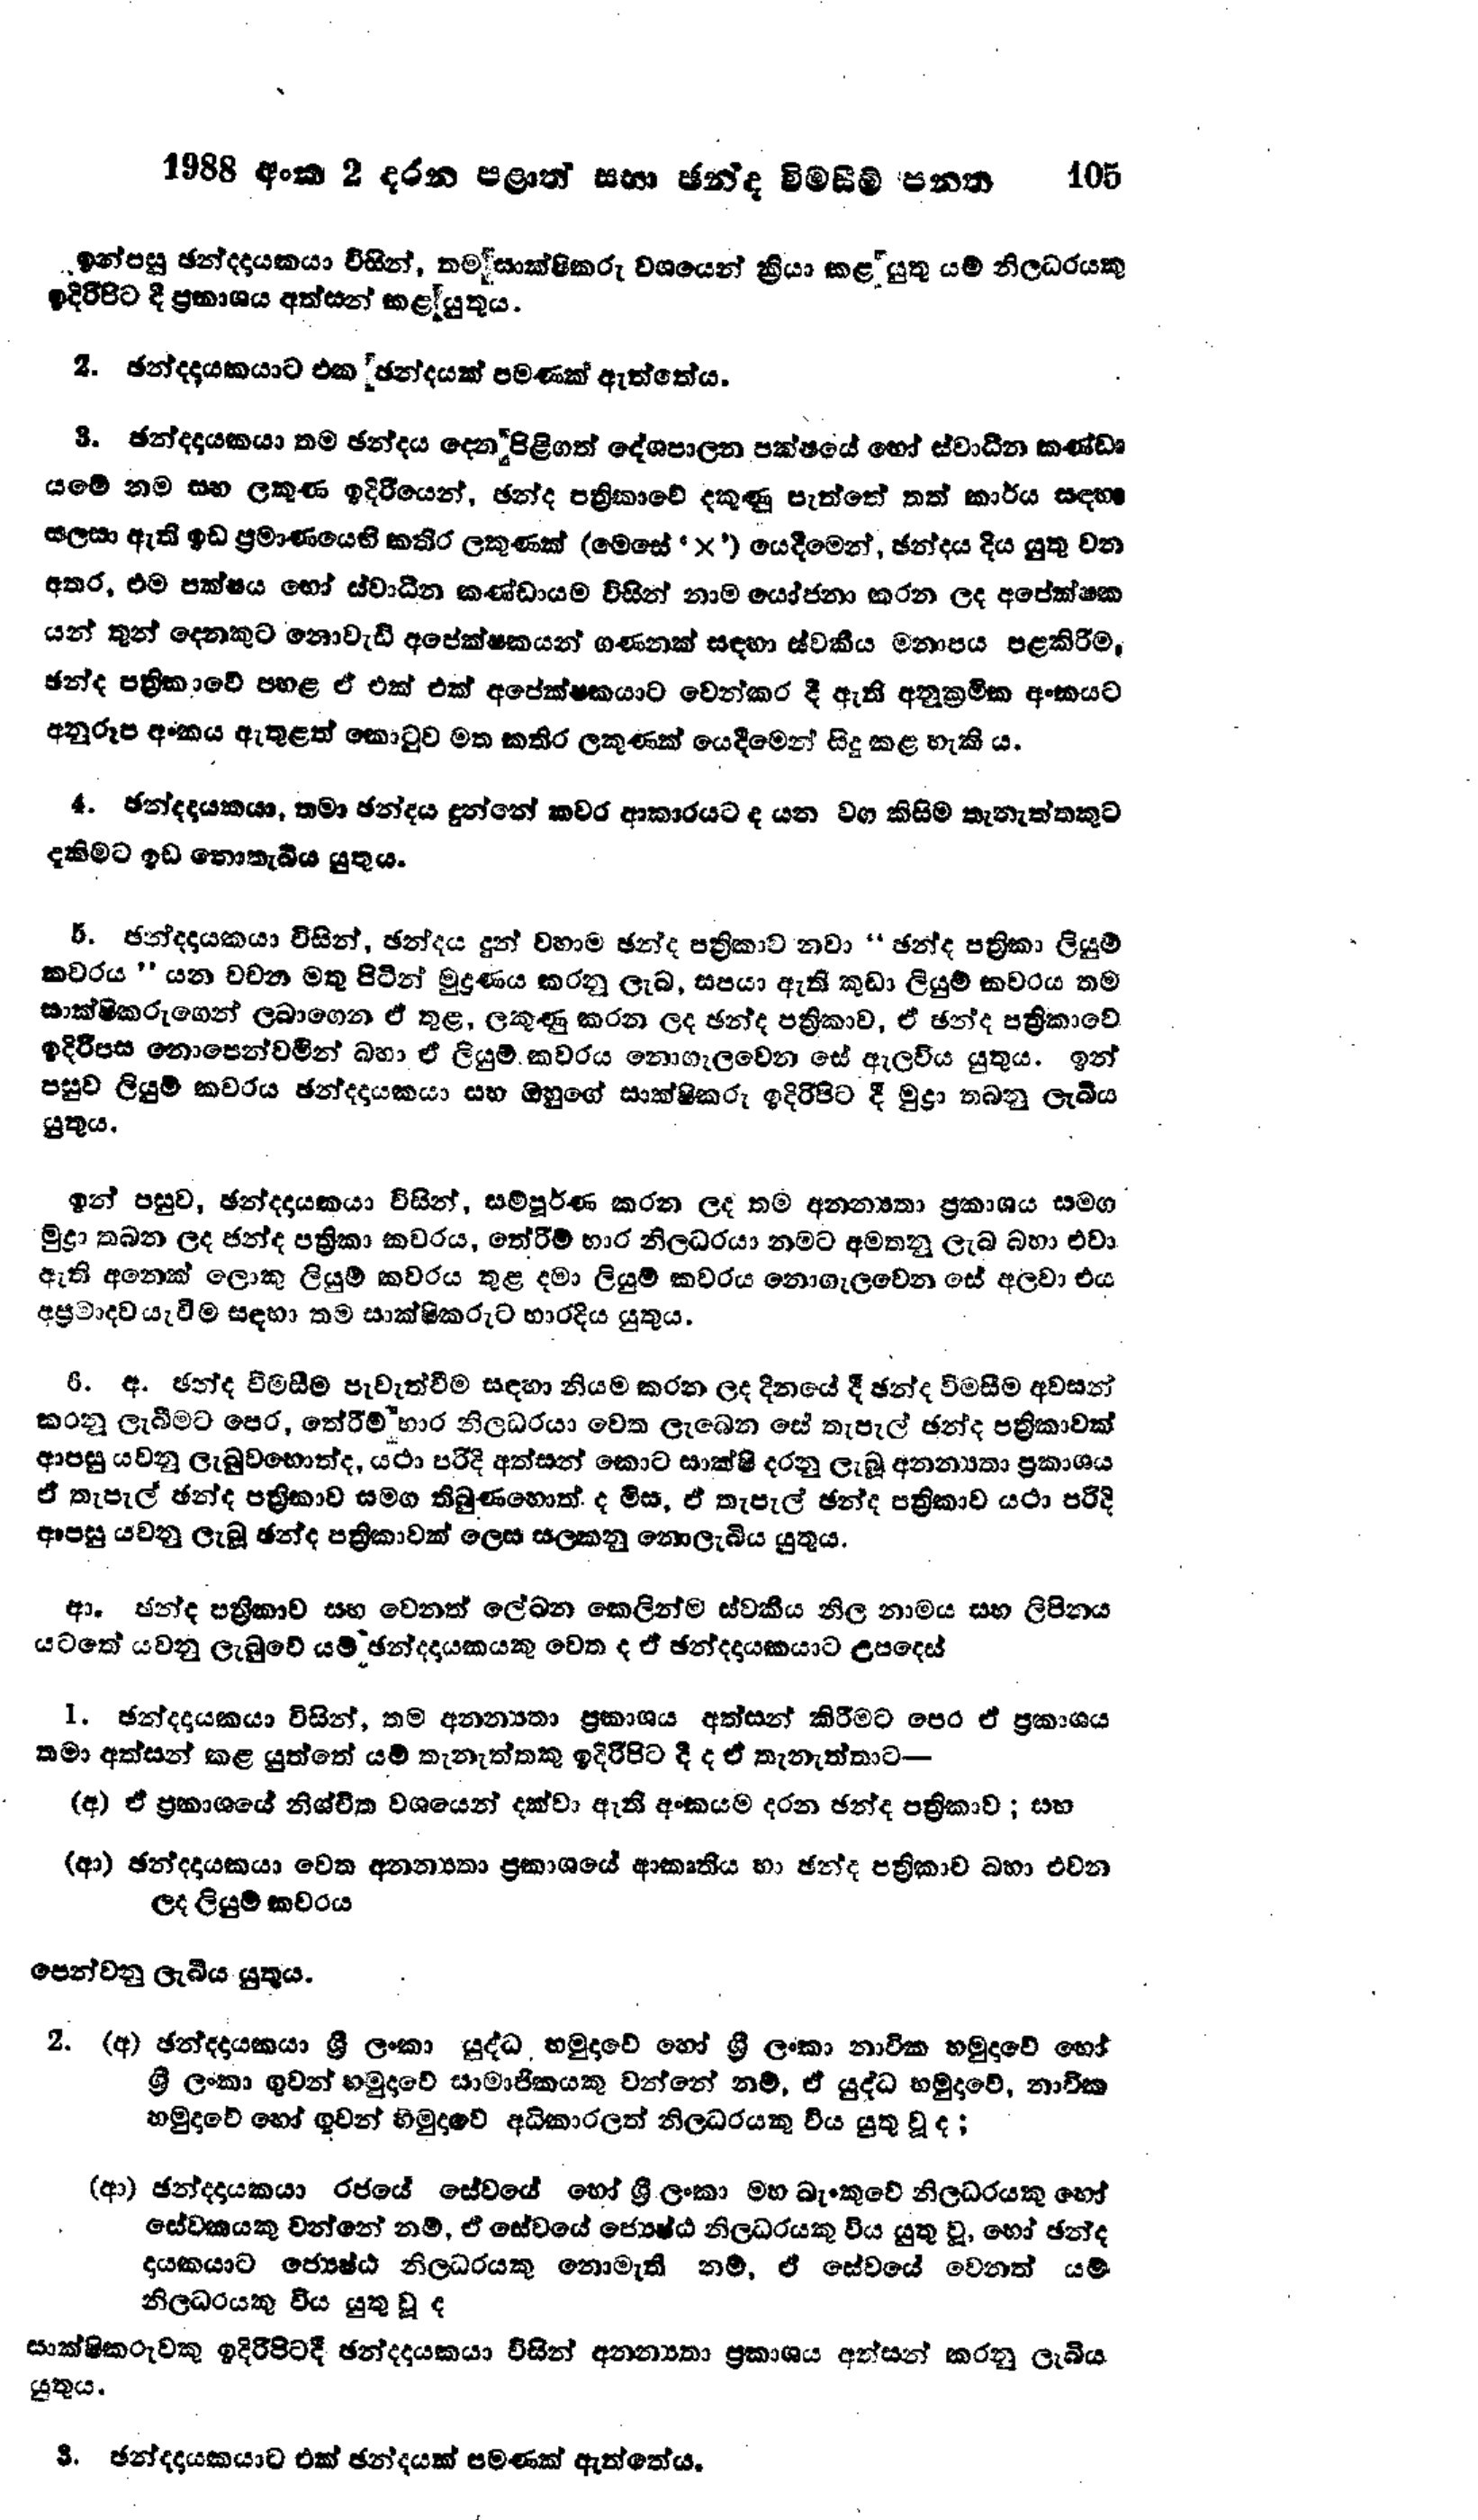
1988 අංක 2 දරන පළාත් සභා ඡන්ද විමසීම් පනත 105

ඉන්පසු ඡන්දදායකයා විසින්, තම සාක්ෂිකරු වශයෙන් ක්‍රියා කළ යුතු යම් නිලධරයකු
ඉදිරිපිට දී ප්‍රකාශය අත්සන් කළ යුතුය.

2. ඡන්දදායකයාට එක ඡන්දයක් පමණක් ඇත්තේය.

3. ඡන්දදායකයා තම ඡන්දය දෙන පිළිගත් දේශපාලන පක්ෂයේ හෝ ස්වාධීන කණ්ඩා
යමේ නම සහ කුණ ඉදිරියෙන්, ඡන්ද පත්‍රිකාවේ දකුණු පැත්තේ තත් කාර්ය සඳහා
සලසා ඇති ඉඩ ප්‍රමාණයෙහි කතිර ලකුණක් (මෙසේ 'x') යෙදීමෙන්, ඡන්දය දිය යුතු වන
අතර, එම පක්ෂය හෝ ස්වාධීන කණ්ඩායම විසින් නාම යෝජනා කරන ලද අපේක්ෂක
යන් තුන් දෙනකුට නොවැඩි අපේක්ෂකයන් ගණනක් සඳහා ස්වකීය මනාපය පළකිරීම,
ඡන්ද පත්‍රිකාවේ පහළ ඒ එක් එක් අපේක්ෂකයාට වෙන්කර දී ඇති අනුක්‍රමික අංකයට
අනුරූප අංකය ඇතුළත් කොටුව මත කතිර ලකුණක් යෙදීමෙන් සිදු කළ හැකි ය.

4. ඡන්දදායකයා, තමා ඡන්දය දුන්නේ කවර ආකාරයට ද යන වග කිසිම තැනැත්තකුට
දකිමට ඉඩ නොතැබිය යුතු ය.

5. ඡන්දදායකයා විසින්, ඡන්දය දුන් වහාම ඡන්ද පත්‍රිකාව නවා “ඡන්ද පත්‍රිකා ලියුම්
කවරය " යන වචන මතු පිටින් මුද්‍රණය කරනු ලැබ, සපයා ඇති කුඩා ලියුම් කවරය තම
සාක්ෂිකරුගෙන් ලබාගෙන ඒ තුළ, ලකුණු කරන ලද ඡන්ද පත්‍රිකාව, ඒ ඡන්ද පත්‍රිකාවේ
ඉදිරිපස නොපෙන්වමින් බහා ඒ ලියුම් කවරය නොගැලවෙන සේ ඇලවිය යුතුය. ඉන්
පසුව ලියුම් කවරය ඡන්දදායකයා සහ ඔහුගේ සාක්ෂිකරු ඉදිරිපිට දී මුද්‍රා තබනු ලැබිය
යුතු ය.

ඉන් පසුව, ඡන්දදායකයා විසින්, සම්පූර්ණ කරන ලද තම අනන්‍යතා ප්‍රකාශය සමග
මුද්‍රා තබන ලද ජන්ද පත්‍රිකා කවරය, තේරීම් භාර නිලධරයා නමට අමතනු ලැබ බහා එවා
ඇති අනෙක් ලොකු ලියුම් කවරය තුළ දමා ලියුම් කවරය නොගැලවෙන සේ අලවා එය
අප්‍රමාදව යැවීම සඳහා තම සාක්ෂිකරුට භාරදිය යුතුය.

6. අ. ඡන්ද විමසීම පැවැත්වීම සඳහා නියම කරන ලද දිනයේ දී ඡන්ද විමසීම අවසන්
කරනු ලැබීමට පෙර, තේරීම් භාර නිලධරයා වෙත ලැබෙන සේ තැපැල් ඡන්ද පත්‍රිකාවක්
ආපසු යවනු ලැබුවහොත් ද, යථා පරිදි අත්සන් කොට සාක්ෂි දරනු ලැබූ අනන්‍යතා ප්‍රකාශය
ඒ තැපැල් ඡන්ද පත්‍රිකාව සමග තිබුණහොත් ද මිස, ඒ තැපැල් ඡන්ද පත්‍රිකාව යථා පරිදි
ආපසු යවනු ලැබූ ඡන්ද පත්‍රිකාවක් ලෙස සලකනු නොලැබිය යුතුය.

ආ. ඡන්ද පත්‍රිකාව සහ වෙනත් ලේඛන කෙලින්ම ස්වකීය නිල නාමය සහ ලිපිනය
යටතේ යවනු ලැබුවේ යම් ඡන්දදායකයකු වෙත ද ඒ ඡන්දදායකයාට උපදෙස්

1. ඡන්දදායකයා විසින්, තම අනන්‍යතා ප්‍රකාශය අත්සන් කිරීමට පෙර ඒ ප්‍රකාශය
තමා අත්සන් කළ යුත්තේ යම් තැනැත්තකු ඉදිරිපිට දී ද ඒ තැනැත්තාට -

(අ) ඒ ප්‍රකාශයේ නිශ්චිත වශයෙන් දක්වා ඇති අංකයම දරන ඡන්ද පත්‍රිකාව; සහ

(ආ) ඡන්දදායකයා වෙත අනන්‍යතා ප්‍රකාශයේ ආකෘතිය හා ඡන්ද පත්‍රිකාව බහා එවන
ලද ලියුම් කවරය

පෙන්වනු ලැබීය යුතුය.

2. (අ) ඡන්දදායකයා ශ්‍රී ලංකා යුද්ධ හමුදාවේ හෝ ශ්‍රී ලංකා නාවික හමුදාවේ හෝ
ශ්‍රී ලංකා ගුවන් හමුදාවේ සාමාජිකයකු වන්නේ නම්, ඒ යුද්ධ හමුදාවේ, නාවික
හමුදාවේ හෝ ගුවන් හමුදාවේ අධිකාරලත් නිලධරයකු විය යුතු වූ ද;

(ආ) ඡන්දදායකයා රජයේ සේවයේ හෝ ශ්‍රී ලංකා මහ බැංකුවේ නිලධරයකු හෝ
සේවකයකු වන්නේ නම්, ඒ සේවයේ ජ්‍යෙෂ්ඨ නිලධරයකු විය යුතු වූ, හෝ ඡන්ද
දායකයාට ජ්‍යෙෂ්ඨ නිලධරයෙකු නොමැති නම්, ඒ සේවයේ වෙනත් යම්
නිලධරයකු විය යුතු වූ ද

සාක්ෂිකරුවකු ඉදිරිපිටදී ඡන්දදායකයා විසින් අනන්‍යතා ප්‍රකාශය අත්සන් කරනු ලැබීය
යුතුය.

3. ඡන්දදායකයාට එක් ඡන්දයක් පමණක් ඇත්තේය.